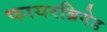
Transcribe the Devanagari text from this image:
फायरब्रिगेड